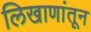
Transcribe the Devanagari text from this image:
लिखाणांतून